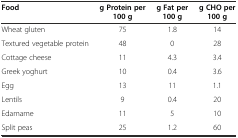
<table><thead><tr><td><b>Food</b></td><td><b>g Protein per 100 g</b></td><td><b>g Fat per 100 g</b></td><td><b>g CHO per 100 g</b></td></tr></thead><tbody><tr><td>Wheat gluten</td><td>75</td><td>1.8</td><td>14</td></tr><tr><td>Textured vegetable protein</td><td>48</td><td>0</td><td>28</td></tr><tr><td>Cottage cheese</td><td>11</td><td>4.3</td><td>3.4</td></tr><tr><td>Greek yoghurt</td><td>10</td><td>0.4</td><td>3.6</td></tr><tr><td>Egg</td><td>13</td><td>11</td><td>1.1</td></tr><tr><td>Lentils</td><td>9</td><td>0.4</td><td>20</td></tr><tr><td>Edamame</td><td>11</td><td>5</td><td>10</td></tr><tr><td>Split peas</td><td>25</td><td>1.2</td><td>60</td></tr></tbody></table>